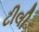
ટીલી